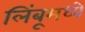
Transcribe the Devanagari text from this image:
लिंबूमध्ये